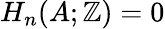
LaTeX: H_{n}(A;\mathbb{Z})=0